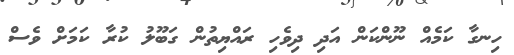
ހިނގާ ކަމެއް ނޫންކަން އަދި ދިވެހި ރައްޔިތުން ގަބޫލު ކުރާ ކަމަށް ވެސް